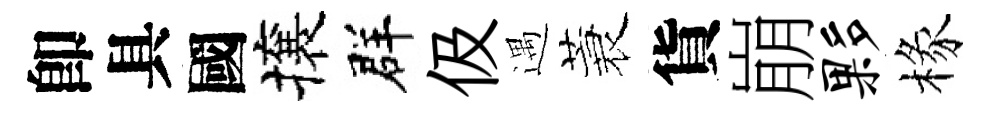
卽具國攘群伋遇蓑貨崩夥椽